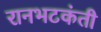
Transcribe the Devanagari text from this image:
रानभटकंती